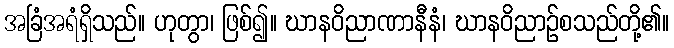
အခြံအရံရှိသည်။ ဟုတွာ၊ ဖြစ်၍။ ဃာနဝိညာဏာနီနံ၊ ဃာနဝိညာဉ်စသည်တို့၏။